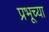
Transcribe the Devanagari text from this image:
प्रभूच्या